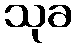
သုခ